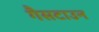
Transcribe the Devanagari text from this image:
गैसटाउन